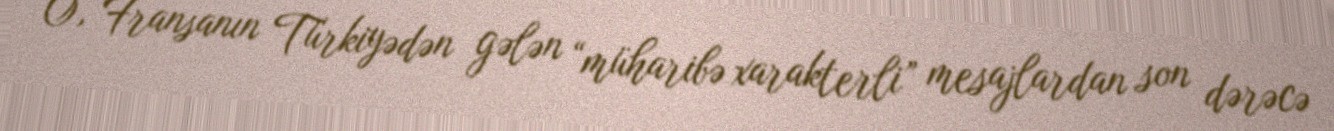
O, Fransanın Türkiyədən gələn “müharibə xarakterli” mesajlardan son dərəcə